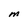
Character: M